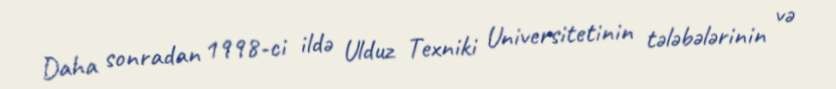
Daha sonradan 1998-ci ildə Ulduz Texniki Universitetinin tələbələrinin və